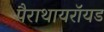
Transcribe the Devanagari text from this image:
पैराथायरॉयड